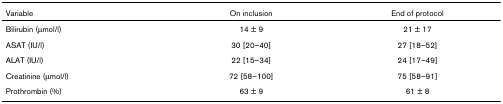
<table><thead><tr><td><b>Variable</b></td><td><b>On inclusion</b></td><td><b>End of protocol</b></td></tr></thead><tbody><tr><td>Bilirubin (μmol/l)</td><td>14 ± 9</td><td>21 ± 17</td></tr><tr><td>ASAT (IU/l)</td><td>30 [20–40]</td><td>27 [18–52]</td></tr><tr><td>ALAT (IU/l)</td><td>22 [15–34]</td><td>24 [17–49]</td></tr><tr><td>Creatinine (μmol/l)</td><td>72 [58–100]</td><td>75 [58–91]</td></tr><tr><td>Prothrombin (%)</td><td>63 ± 9</td><td>61 ± 8</td></tr></tbody></table>